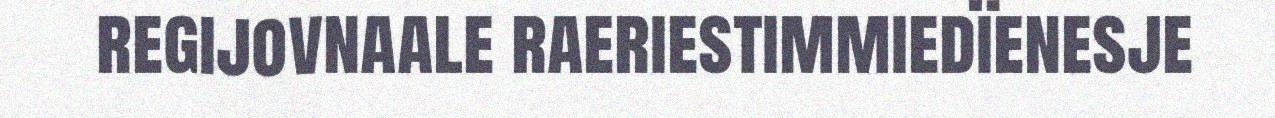
regijovnaale raeriestimmiedïenesje